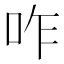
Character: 咋